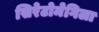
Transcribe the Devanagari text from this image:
सिरेटोमेगिला